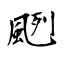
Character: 颲